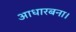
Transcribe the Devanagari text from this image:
आधारबना।